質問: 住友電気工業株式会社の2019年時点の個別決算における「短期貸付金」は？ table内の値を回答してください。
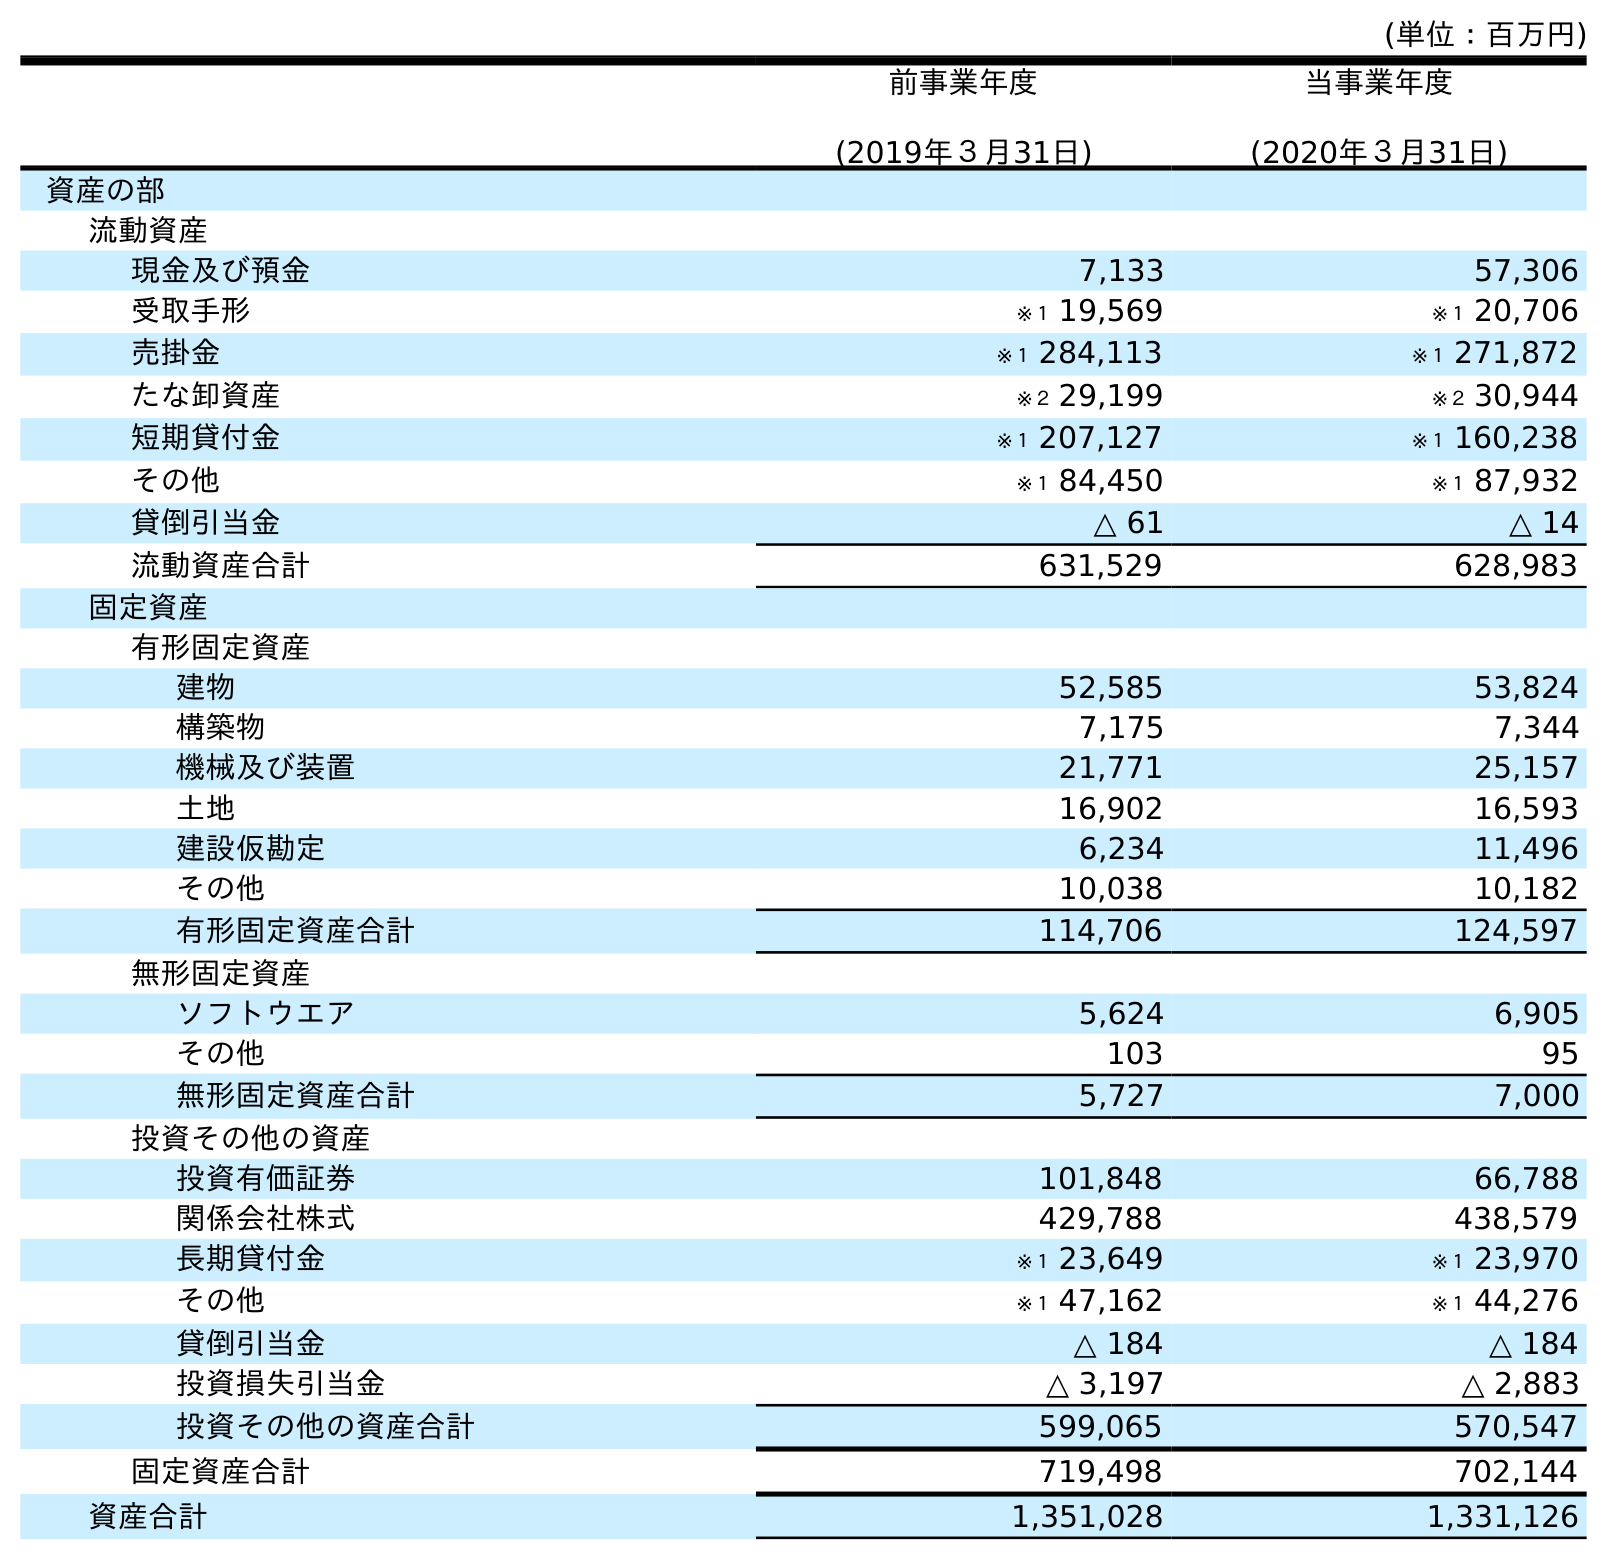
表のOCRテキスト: (単位：百万円) 前事業年度 (2019年３月31日) 当事業年度 (2020年３月31日) 資産の部 流動資産 現金及び預金 7,133 57,306 受取手形 ※１ 19,569 ※１ 20,706 売掛金 ※１ 284,113 ※１ 271,872 たな卸資産 ※２ 29,199 ※２ 30,944 短期貸付金 ※１ 207,127 ※１ 160,238 その他 ※１ 84,450 ※１ 87,932 貸倒引当金 △ 61 △ 14 流動資産合計 631,529 628,983 固定資産 有形固定資産 建物 52,585 53,824 構築物 7,175 7,344 機械及び装置 21,771 25,157 土地 16,902 16,593 建設仮勘定 6,234 11,496 その他 10,038 10,182 有形固定資産合計 114,706 124,597 無形固定資産 ソフトウエア 5,624 6,905 その他 103 95 無形固定資産合計 5,727 7,000 投資その他の資産 投資有価証券 101,848 66,788 関係会社株式 429,788 438,579 長期貸付金 ※１ 23,649 ※１ 23,970 その他 ※１ 47,162 ※１ 44,276 貸倒引当金 △ 184 △ 184 投資損失引当金 △ 3,197 △ 2,883 投資その他の資産合計 599,065 570,547 固定資産合計 719,498 702,144 資産合計 1,351,028 1,331,126
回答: ※１207,127